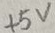
Text: +5V